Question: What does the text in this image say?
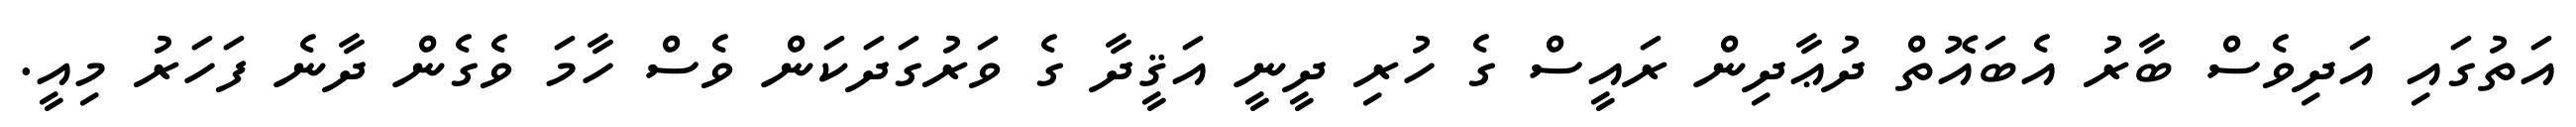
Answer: އަތުގައި އަދިވެސް ބާރު އެބައޮތް ދުޢާދިން ރައީސް ގެ ހުރި ދީނީ އަޤީދާ ގެ ވަރުގަދަކަން ވެސް ހާމަ ވެގެން ދާނެ ފަހަރު މިއީ.